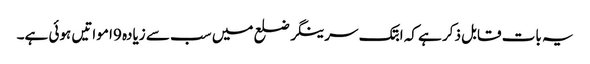
یہ بات قابل ذکر ہے کہ ابتک سرینگر ضلع میں سب سے زیادہ 9ا مواتیں ہوئی ہے۔